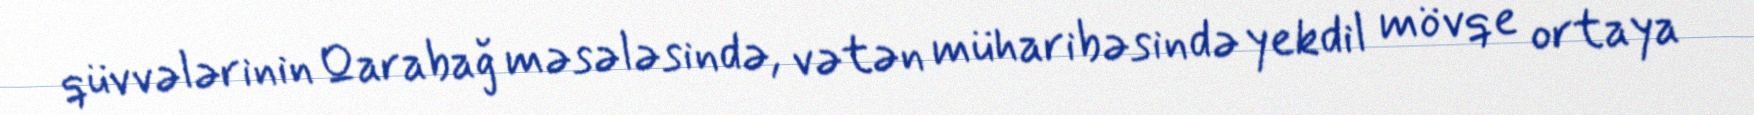
qüvvələrinin Qarabağ məsələsində, vətən müharibəsində yekdil mövqe ortaya